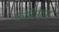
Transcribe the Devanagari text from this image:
कोटियान